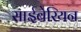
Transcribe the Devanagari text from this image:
साईबेरियन